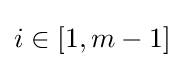
i\in [1,m-1]